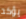
يؤكد